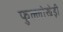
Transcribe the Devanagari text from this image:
फुल्लोखेड़ी